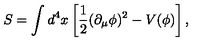
S = \int d ^ { 4 } x \left[ \frac 1 2 ( \partial _ { \mu } \phi ) ^ { 2 } - V ( \phi ) \right] ,